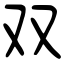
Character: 双